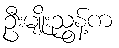
ဦးမျိုးညွန့်က